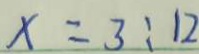
x = 3 : 1 2